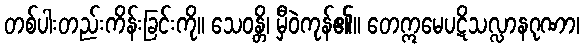
တစ်ပါးတည်းကိန်းခြင်းကို။ သေဝန္တိ၊ မှီဝဲကုန်၏။ တေဣမေပဋိသလ္လာနဂုဏာ၊